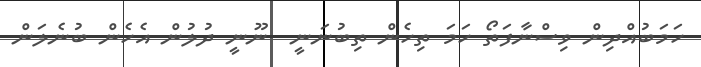
ހަމަބުއްދިން ވިސްނާފަތޯ ހަމަ ތިހެން ތިބުނަނީ  ނޫނީ ދުލުން އެހެން ބުނެލަން